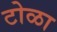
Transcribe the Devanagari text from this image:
टोळा